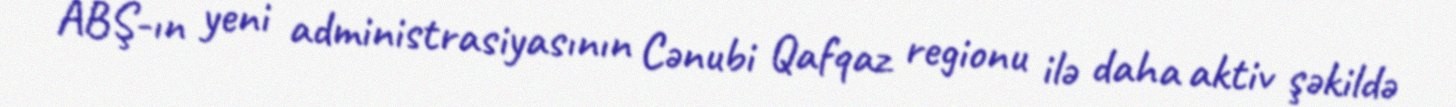
ABŞ-ın yeni administrasiyasının Cənubi Qafqaz regionu ilə daha aktiv şəkildə